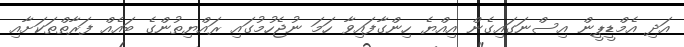
އަދި އެމްޑީޕީން އިސްނަގައިގެން އިއްޔެ ހިންގާފައިވާ ހަމަ ނުޖެހުމުގައި ރައްޔިތުންގެ ބައެއް ފަރާތްތަކަށާއި